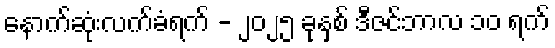
နောက်ဆုံးလက်ခံရက် - ၂၀၂၅ ခုနှစ် ဒီဇင်ဘာလ ၁၀ ရက်